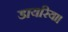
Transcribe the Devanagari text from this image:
डायरिया।